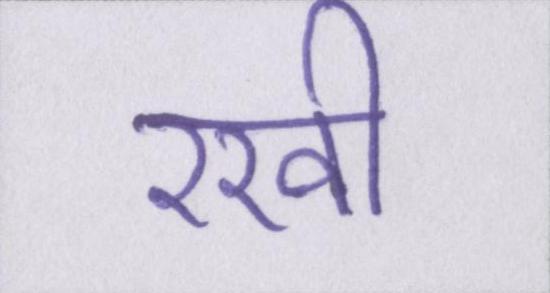
रखी